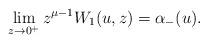
LaTeX: \begin{align*}\lim_{z\to0^+} z^{\mu-1}W_1(u,z)=\alpha_-(u).\end{align*}